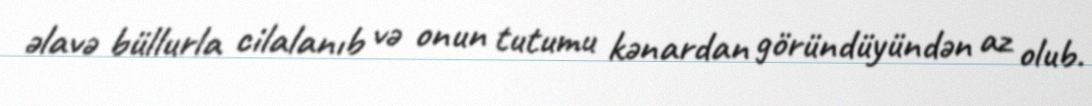
əlavə büllurla cilalanıb və onun tutumu kənardan göründüyündən az olub.